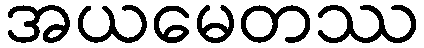
အယမေတဿ